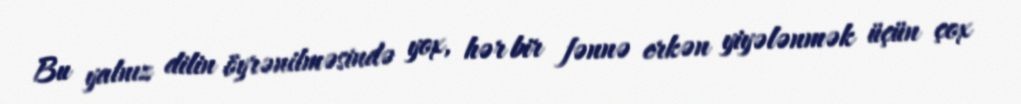
Bu yalnız dilin öyrənilməsində yox, hər bir fənnə erkən yiyələnmək üçün çox